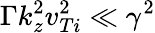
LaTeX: \Gamma k_{z}^{2}v_{Ti}^{2}\ll\gamma^{2}